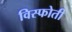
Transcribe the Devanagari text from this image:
विस्फोती